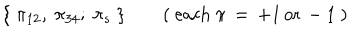
\{ \ \pi _ { 1 2 } , \ \pi _ { 3 4 } ; \ \pi _ { s } \ \} \qquad ( \ \mathrm { e a c h } \ \pi \, = \, + 1 \, \mathrm { o r } \, - 1 \ )